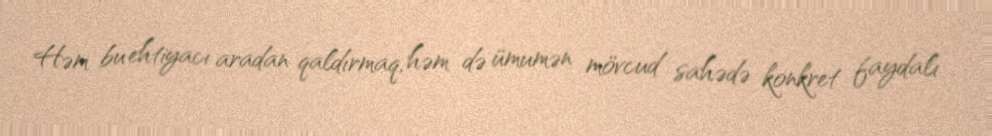
Həm bu ehtiyacı aradan qaldırmaq, həm də ümumən mövcud sahədə konkret faydalı